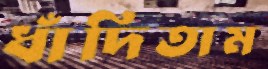
ধাঁদিতাম